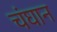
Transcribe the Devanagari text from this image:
चंघान